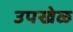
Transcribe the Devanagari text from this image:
उपखेळ